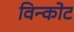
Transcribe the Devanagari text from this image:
विन्कोट